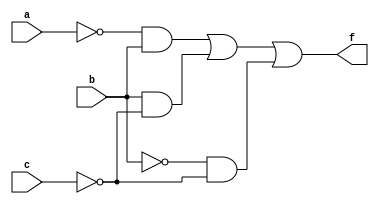
module f1(a, b, c, f);
input a, b, c;
output f;

assign f = (~a & b) | (b & ~c) | (~b & ~c);

endmodule